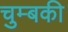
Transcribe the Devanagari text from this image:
चुम्बकी